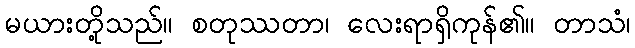
မယားတို့သည်။ စတုဿတာ၊ လေးရာရှိကုန်၏။ တာသံ၊